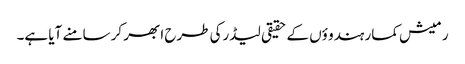
رمیش کمار ہندو ؤں کے حقیقی لیڈرکی طرح ابھر کر سامنے آیا ہے۔